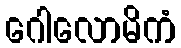
ဂေါလောမိကံ